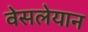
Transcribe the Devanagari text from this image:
वेसलेयान